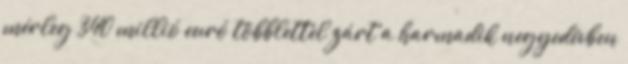
mérleg 340 millió euró többlettel zárt a harmadik negyedévben